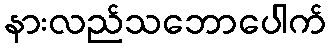
နားလည်သဘောပေါက်